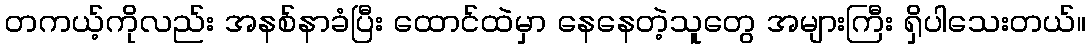
တကယ့်ကိုလည်း အနစ်နာခံပြီး ထောင်ထဲမှာ နေနေတဲ့သူတွေ အများကြီး ရှိပါသေးတယ်။